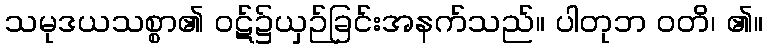
သမုဒယသစ္စာ၏ ဝဋ်၌ယှဉ်ခြင်းအနက်သည်။ ပါတုဘ ဝတိ၊ ၏။